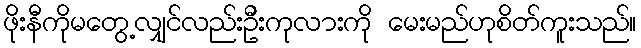
ဖိုးနီကိုမတွေ့လျှင်လည်းဦးကုလားကို မေးမည်ဟုစိတ်ကူးသည်။